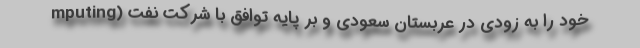
mputing) خود را به زودی در عربستان سعودی و بر پایه توافق با شرکت نفت